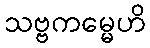
သဗ္ဗကမ္မေဟိ